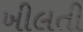
ખીલતી